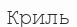
Криль